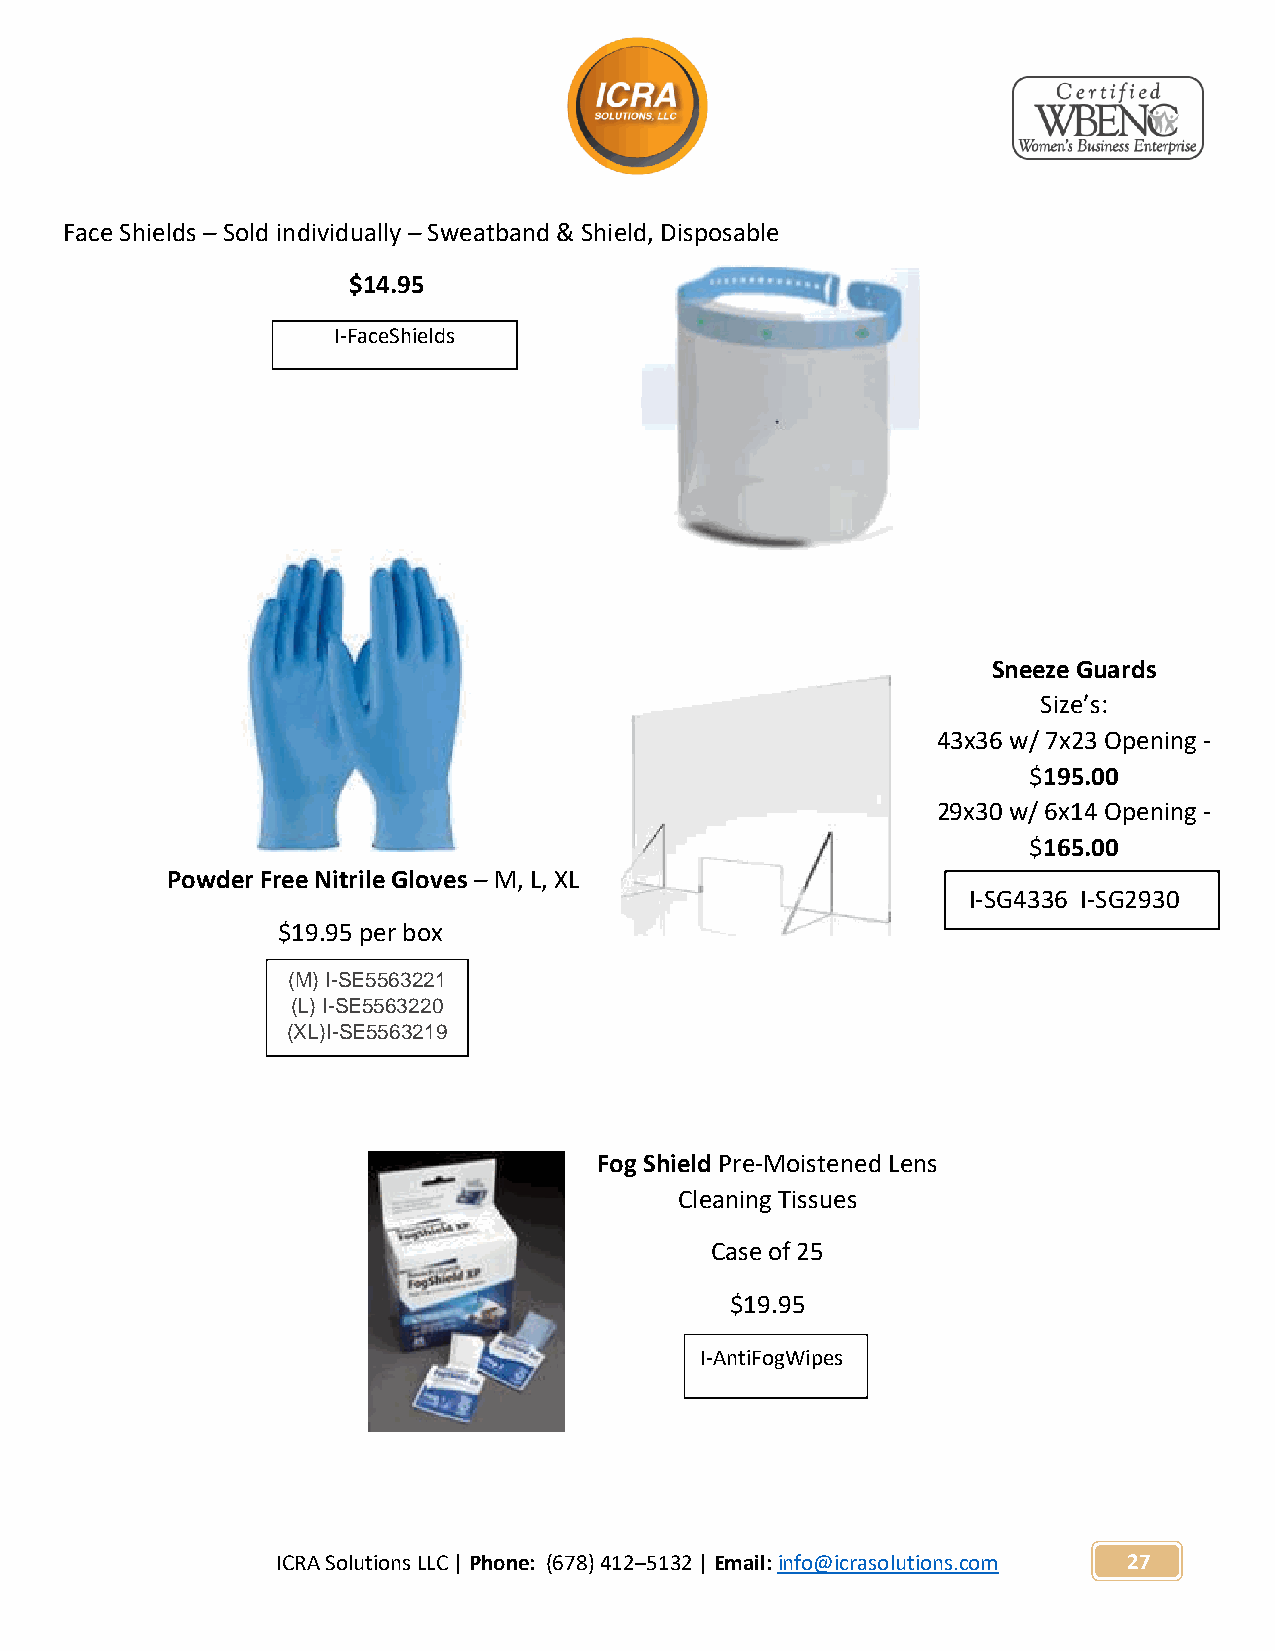
Face Shields – Sold individually – Sweatband & Shield, Disposable
 $14.95
 I-FaceShields
 Sneeze Guards
 Size’s:
 43x36 w/ 7x23 Opening -
 $195.00
 29x30 w/ 6x14 Opening -
 $165.00
 Powder Free Nitrile Gloves – M, L, XL
 I-SG4336 I-SG2930
 $19.95 per box
 ( M ) I - S E 5 5 6 3 2 2 1
 (L) I-SE5563220
 ( X L ) I - S E 5 5 6 3 2 1 9
 Fog Shield Pre-Moistened Lens
 Cleaning Tissues
 Case of 25
 $19.95
 I-AntiFogWipes
 ICRA Solutions LLC | Phone: (678) 412–5132 | Email: info@icrasolutions.com 27